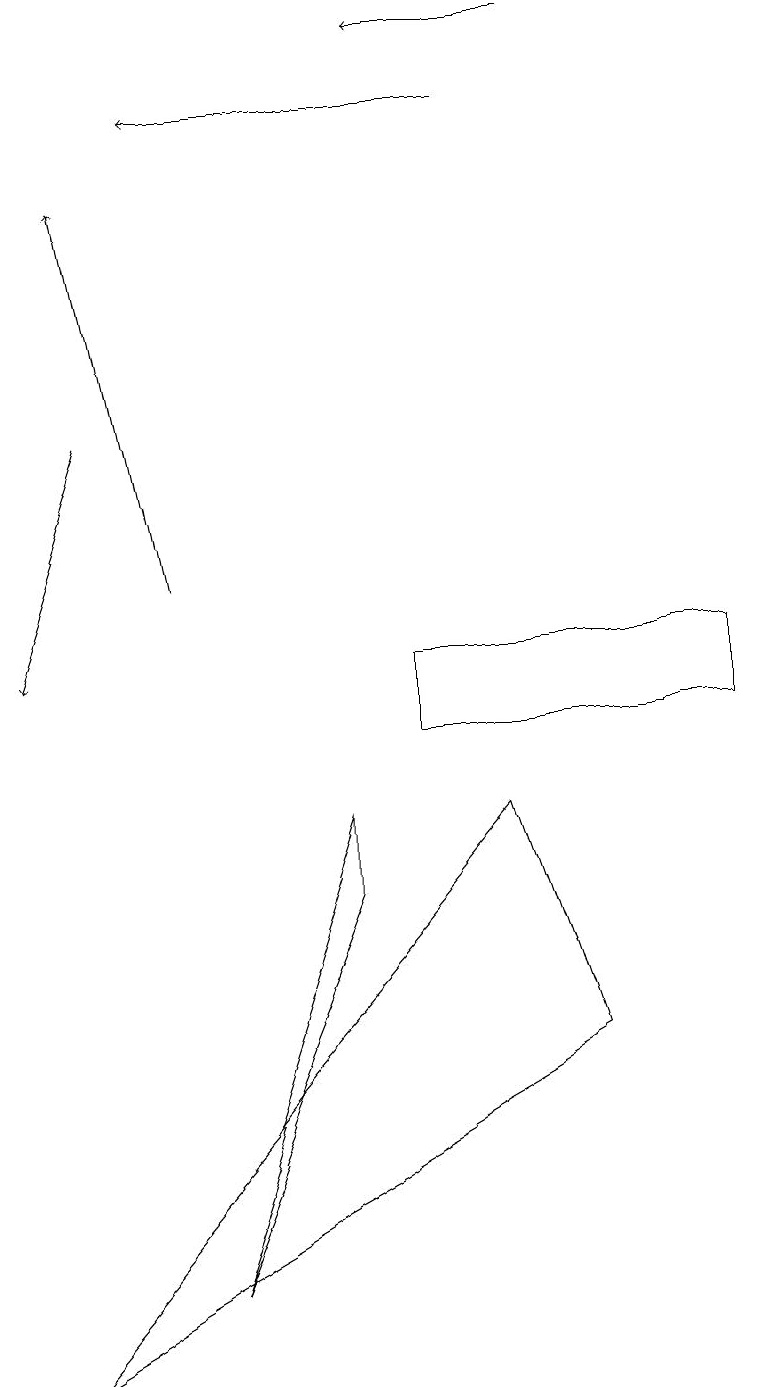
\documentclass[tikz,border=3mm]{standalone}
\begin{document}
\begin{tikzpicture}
\draw (2,3) -- (4,8) -- (4,9) -- cycle;
\draw[->] (7,19) -- (5,19);
\draw[->] (2,12) -- (1,17);
\draw[->] (6,18) -- (2,18);
\draw[->] (1,14) -- (0,11);
\draw (0,2) -- (6,9) -- (7,6) -- cycle;
\draw (9,10) rectangle (5,11);
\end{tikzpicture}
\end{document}